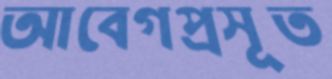
আবেগপ্রসূত